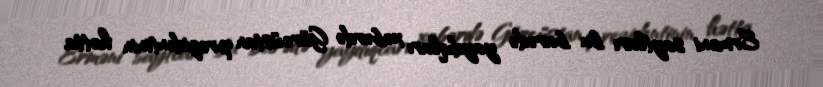
Erməni saytları bu barədə yaydıqları xəbərdə Gürcüstan prezidentinin hətta